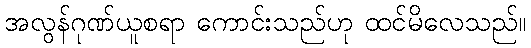
အလွန်ဂုဏ်ယူစရာ ကောင်းသည်ဟု ထင်မိလေသည်။